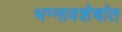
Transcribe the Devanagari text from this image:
भग्नावशेषांत